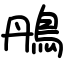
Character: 鴅